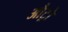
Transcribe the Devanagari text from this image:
औट्रो